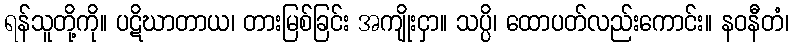
ရန်သူတို့ကို။ ပဋိဃာတာယ၊ တားမြစ်ခြင်း အကျိုးငှာ။ သပ္ပိ၊ ထောပတ်လည်းကောင်း။ နဝနီတံ၊